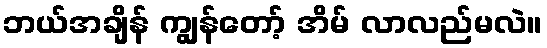
ဘယ်အချိန် ကျွန်တော့် အိမ် လာလည်မလဲ။